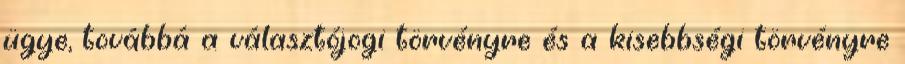
ügye, továbbá a választójogi törvényre és a kisebbségi törvényre